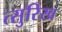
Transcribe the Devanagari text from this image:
त्सुरिख